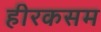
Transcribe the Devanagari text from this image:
हीरकसम